Document type: Sale
Year: 1354
Scribe: Bernat de Torre
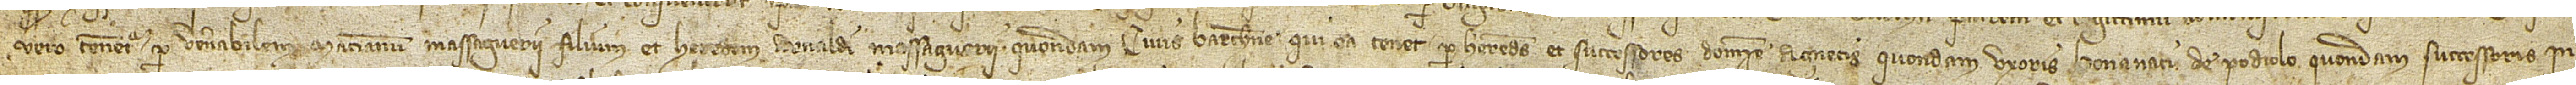
nunc vero tenentur per venerabilem Macianum Massaguerii, filium et heredem Arnaldi Massaguerii, quondam, civis Barchinone, qui ea tenet per heredes et successores domine Agnetis, quondam, uxoris Bonanati de Podiolo, quondam, successoris in